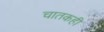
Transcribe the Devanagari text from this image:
चातकही